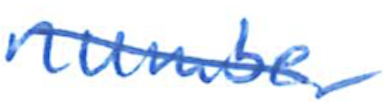
Text: number
Cross-out: diagonal
Writing tool: ballpoint